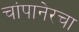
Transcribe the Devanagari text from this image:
चांपानेरचा